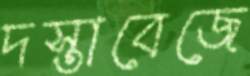
দস্তাবেজে